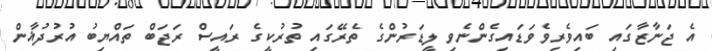
އެ ޖަނާޒާގައި ބައިވެރިވެވަޑައިގެންނެވި ލީޑަރުންގެ ތެރޭގައި ތުރުކީގެ ރައީސް ރަޖަބް ތައްޔިބު އުރުދުޣާން